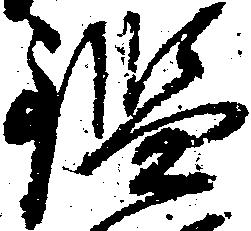
鑑